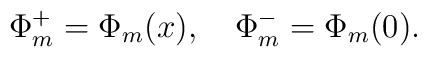
\Phi_m^+=\Phi_m(x),\quad\Phi_m^-=\Phi_m(0).